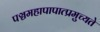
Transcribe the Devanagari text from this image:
पञ्चमहापापात्प्रमुच्यते